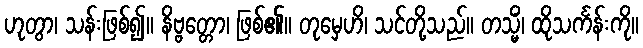
ဟုတွာ၊ သန်းဖြစ်၍။ နိဗ္ဗတ္တော၊ ဖြစ်၏။ တုမှေဟိ၊ သင်တို့သည်။ တသ္မိံ၊ ထိုသင်္ကန်းကို။